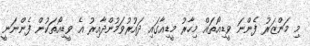
މި މަންޒަރު ފެންނަ ވީޑިއޯތައް މިހާރު މީޑިއާގައި ދައުރުވަމުންދާއިރު އެ ވީޑިއޯތަކުން ފެންނަނީ